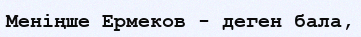
Меніңше Ермеков - деген бала,